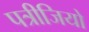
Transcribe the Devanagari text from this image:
पत्रीजियो